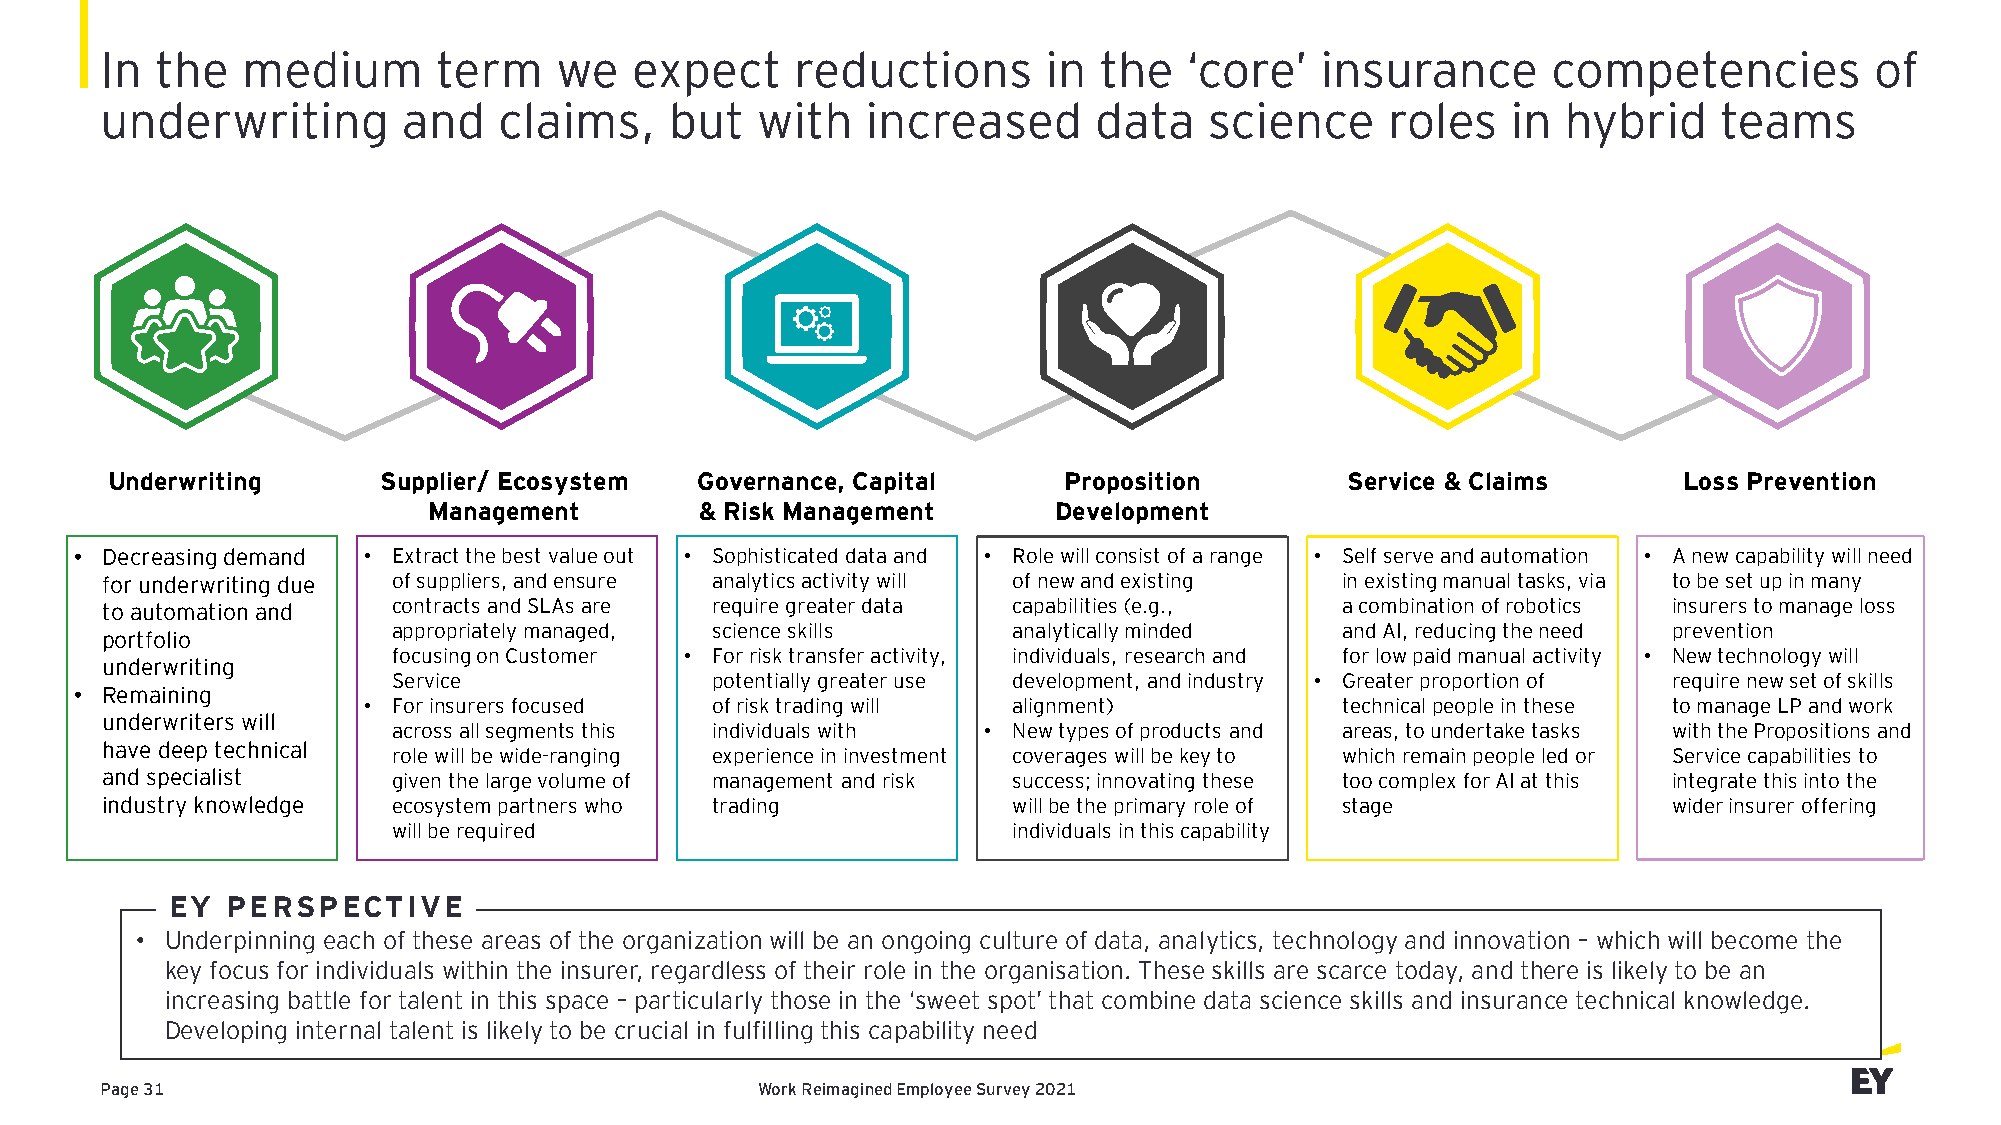
In the   medium       term    we   expect     reductions      in  the   ‘core’  insurance       competencies         of
 underwriting        and   claims,    but   with   increased      data    science     roles   in  hybrid    teams
 Underwriting      Supplier/ Ecosystem  Governance, Capital     Proposition        Service & Claims      Loss Prevention
 Management        & Risk Management       Development
 • Decreasing demand • Extract the best value out • Sophisticated data and • Role will consist of a range • Self serve and automation • A new capability will need
 for underwriting due of suppliers, and ensure analytics activity will of new and existing in existing manual tasks, via to be set up in many
 to automation and  contracts and SLAs are require greater data capabilities (e.g., a combination of robotics insurers to manage loss
 appropriately managed, science skills    analytically minded   and AI, reducing the need prevention
 portfolio
 focusing on Customer • For risk transfer activity, individuals, research and for low paid manual activity • New technology will
 underwriting
 Service              potentially greater use development, and industry • Greater proportion of require new set of skills
 • Remaining
 • For insurers focused of risk trading will alignment)           technical people in these to manage LP and work
 underwriters will
 across all segments this individuals with • New types of products and areas, to undertake tasks with the Propositions and
 have deep technical
 role will be wide-ranging experience in investment coverages will be key to which remain people led or Service capabilities to
 and specialist     given the large volume of management and risk success; innovating these too complex for AI at this integrate this into the
 industry knowledge ecosystem partners who trading           will be the primary role of stage           wider insurer offering
 will be required                         individuals in this capability
 EY  PERSPECTIVE
 • Underpinning each of these areas of the organization will be an ongoing culture of data, analytics, technology and innovation – which will become the
 key focus for individuals within the insurer, regardless of their role in the organisation. These skills are scarce today, and there is likely to be an
 increasing battle for talent in this space – particularly those in the ‘sweet spot’ that combine data science skills and insurance technical knowledge.
 Developing internal talent is likely to be crucial in fulfilling this capability need
 Page 31                                    Work Reimagined Employee Survey 2021